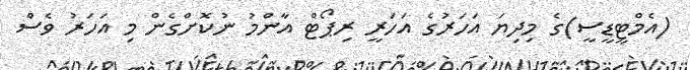
(އެމްޓީޑީސީ)ގެ މިދިޔަ އަހަރުގެ އަހަރީ ރިޕޯޓް އާންމު ނުކޮށްގެން މި އަހަރު ވެސް